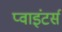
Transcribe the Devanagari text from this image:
प्वाइंटर्स